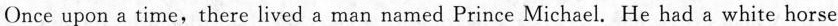
Once upon a time, there lived a man named Prince Michael. He had a white horse